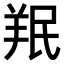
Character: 𫅒